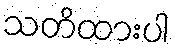
သတိထားပါ